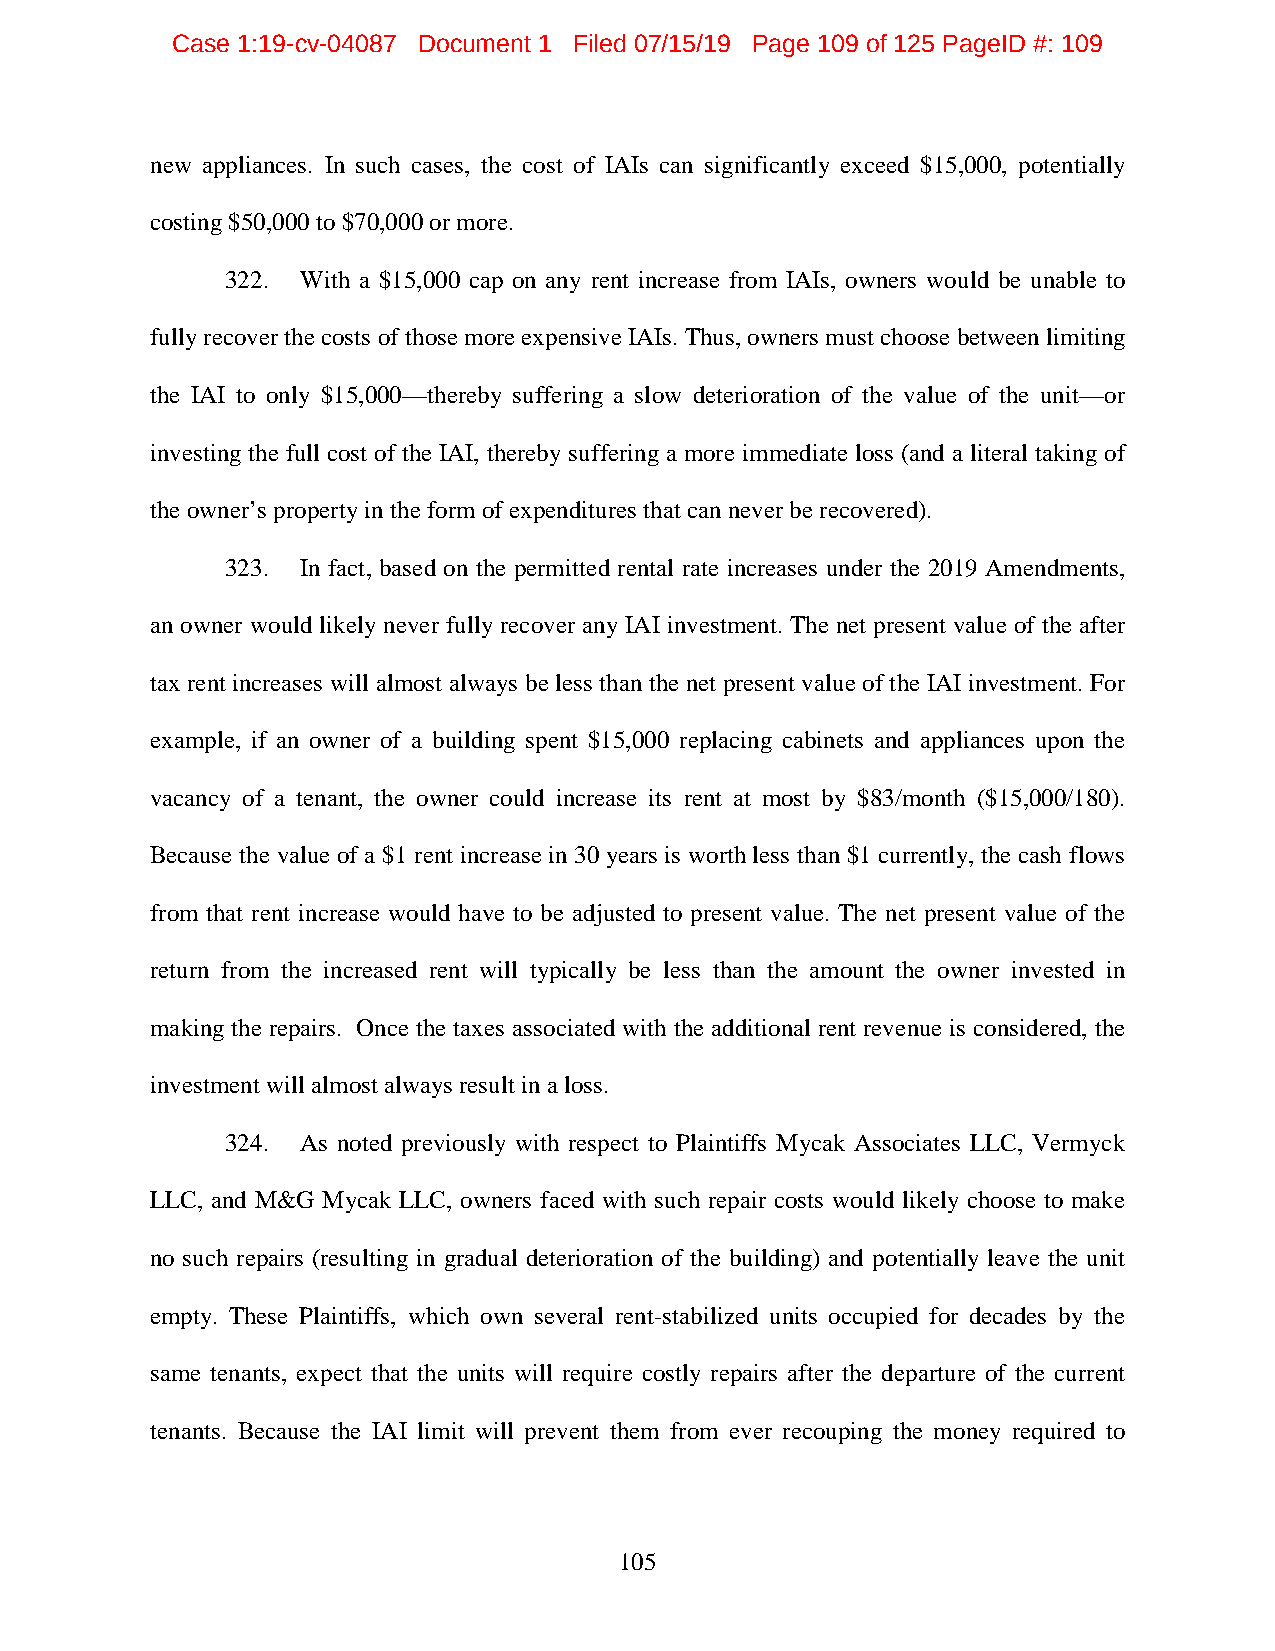
Case 1:19-cv-04087 Document 1 Filed 07/15/19 Page 109 of 125 PageID #: 109
 new appliances. In such cases, the cost of IAIs can significantly exceed $15,000, potentially
 costing $50,000 to $70,000 or more.
 322. With a $15,000 cap on any rent increase from IAIs, owners would be unable to
 fully recover the costs of those more expensive IAIs. Thus, owners must choose between limiting
 the IAI to only $15,000—thereby suffering a slow deterioration of the value of the unit—or
 investing the full cost of the IAI, thereby suffering a more immediate loss (and a literal taking of
 the owner’s property in the form of expenditures that can never be recovered).
 323. In fact, based on the permitted rental rate increases under the 2019 Amendments,
 an owner would likely never fully recover any IAI investment. The net present value of the after
 tax rent increases will almost always be less than the net present value of the IAI investment. For
 example, if an owner of a building spent $15,000 replacing cabinets and appliances upon the
 vacancy of a tenant, the owner could increase its rent at most by $83/month ($15,000/180).
 Because the value of a $1 rent increase in 30 years is worth less than $1 currently, the cash flows
 from that rent increase would have to be adjusted to present value. The net present value of the
 return from the increased rent will typically be less than the amount the owner invested in
 making the repairs. Once the taxes associated with the additional rent revenue is considered, the
 investment will almost always result in a loss.
 324. As noted previously with respect to Plaintiffs Mycak Associates LLC, Vermyck
 LLC, and M&G Mycak LLC, owners faced with such repair costs would likely choose to make
 no such repairs (resulting in gradual deterioration of the building) and potentially leave the unit
 empty. These Plaintiffs, which own several rent-stabilized units occupied for decades by the
 same tenants, expect that the units will require costly repairs after the departure of the current
 tenants. Because the IAI limit will prevent them from ever recouping the money required to
 105